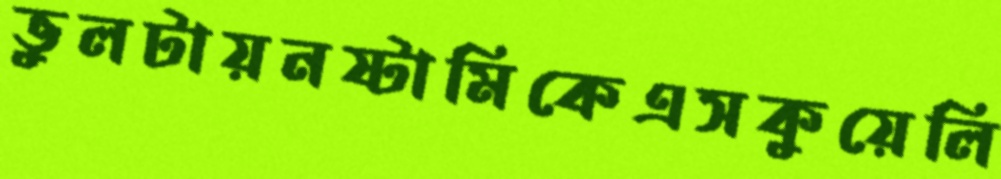
ভুলটায়নষ্টামিকেএসকুয়েলি